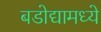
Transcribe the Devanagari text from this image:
बडोद्यामध्ये